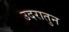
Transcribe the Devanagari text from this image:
उदरातुन